画像に写った文字を読んでください
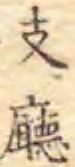
「支廳」と書いてあります